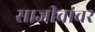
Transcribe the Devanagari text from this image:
साजीवांवर